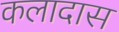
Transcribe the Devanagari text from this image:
कलादास